Report of the Lahore Medical School Hospital
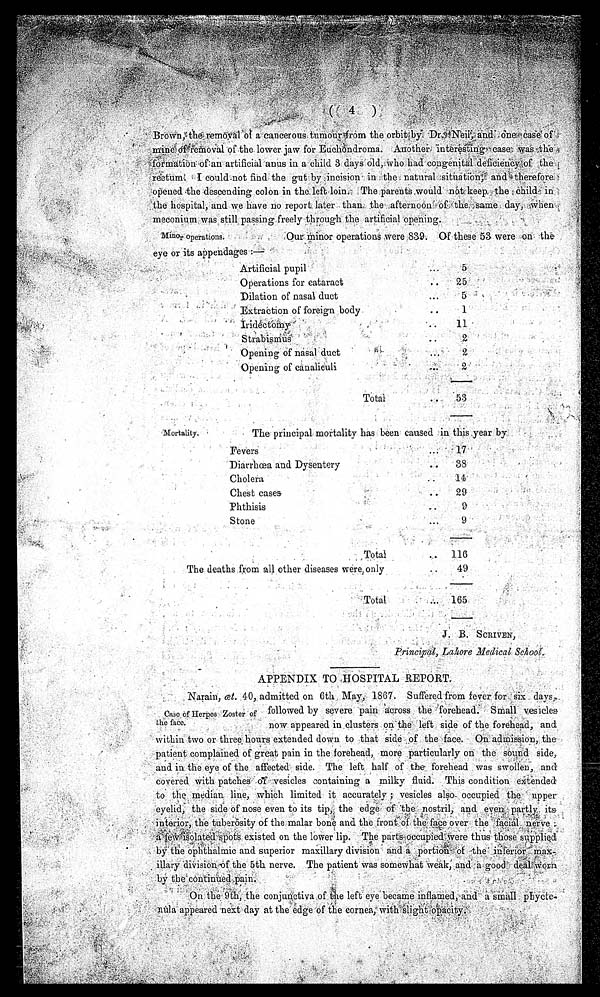
Brown, the removal of a cancerous tumour from the orbit by Dr. Neil, and one case of
mine of removal of the lower jaw for Euchondroma. Another interesting case was the
formation of an artificial anus in a child 3 days old, who had congenital deficiency of
the reetum. I could not find the gut by incision in the natural situation, and therefore
opened the descending colon in the left loin. The parents would not keep the child in
the hospital, and we have no report later than the afternoon of the same day, when
meconium, was still passing freely through the artificial opening.
Minor operations.
Our minor operations were 839. Of these 53 were on
t he
eye or its appendages :—
Artificial pupil
...
5
Operations for cataract
.. 25
Dilation of nasal duct ... 5
Ext ract i on of forei gn body .. 1
I r i d e c t o m y
. .
1 1
Strabismus
2
Opening of nasal duct
... 2
Opening of canaliculi
.. 2
Total
. 53
Mortality. The principal mortality has been caused in this year by
Fevers
17
Diarrhœa and Dysentery
..
38
Cholera
..
14
Chest cases
. 29
Phthisis
9
Stone
Total
116
The deaths from all other diseases were, only
..
49
Total
. . .
1 6 5
J. B. SCRIVEN,
Principal, Lahore Medical School.
APPENDIX TO HOSPITAL REPORT.
Narain, œt 40, admitted on 6th May, 1867. Suffered from fever for six days,
Case of Herpes Zoster of followed by severe pain across the forehead. Small vesicle
now appeared in clusters on the left side of the forehead, and
within two or three, hours extended down to that side of the face. On admission, the
patient complained of great pain in tile forehead, more particularly on the sound side,
and in the eye of the affected side. The left half of the forehead was swollen, and
covered with patches of vesicles containing a milky fluid. This condition extended
to the median line, which limited it accurately ; vesicles also occupied the upper
eyelid, the side of nose even to its tip, the edge of the nostril and even partly its
interior, the tuberosity of the malar bone and the front of the face over the facial nerve
a few isolated spots existed on the lower lip. The parts occupied were thus those supplied
by the ophthalmic and superior maxillary division and a portion of the inferior ma
x-
illary division of the 5th nerve. The patient was somewhat weak, and a good
deal worn
by the continued pain.
On the 9th, the conjunctiva of the left eye became inflamed, and a
small phyct
e-
nula appeared next day at the edge of the cornea, with slight opacity.